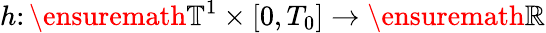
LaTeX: h\colon\ensuremath{\mathbb{T}}^{1}\times[0,T_{0}]\to\ensuremath{\mathbb{R}}